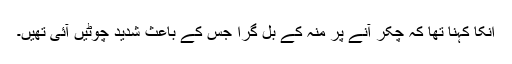
انکا کہنا تھا کہ چکر آنے پر منہ کے بل گرا جس کے باعث شدید چوٹیں آئی تھیں۔